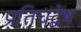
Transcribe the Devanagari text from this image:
प्रतिघद्वेष